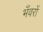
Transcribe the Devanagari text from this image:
भँवरों